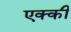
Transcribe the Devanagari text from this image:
एक्की